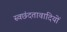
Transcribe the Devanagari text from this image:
स्वछंदतावादियों